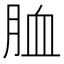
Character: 𦚡